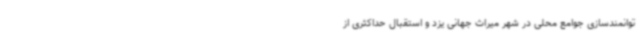
توانمندسازی جوامع محلی در شهر میراث جهانی یزد و استقبال حداکثری از